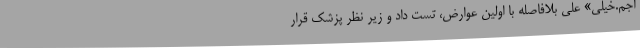
اجم.خیلی» علی بلافاصله با اولین عوارض، تست داد و زیر نظر پزشک قرار